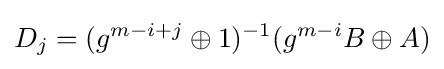
D_{j}=(g^{m-i+j}\oplus 1)^{-1}(g^{m-i}B\oplus A)